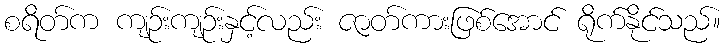
စရိတ်က ကျဉ်းကျဉ်းနှင့်လည်း ဇာတ်ကားဖြစ်အောင် ရိုက်နိုင်သည်။